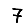
Digit: 7